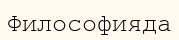
Философияда